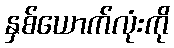
နှစ်ယောက်လုံးကို